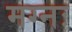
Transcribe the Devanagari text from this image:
मग्नः